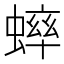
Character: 𫋔